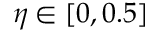
\eta \in [ 0 , 0 . 5 ]